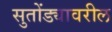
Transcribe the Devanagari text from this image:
सुतोंड्यावरील